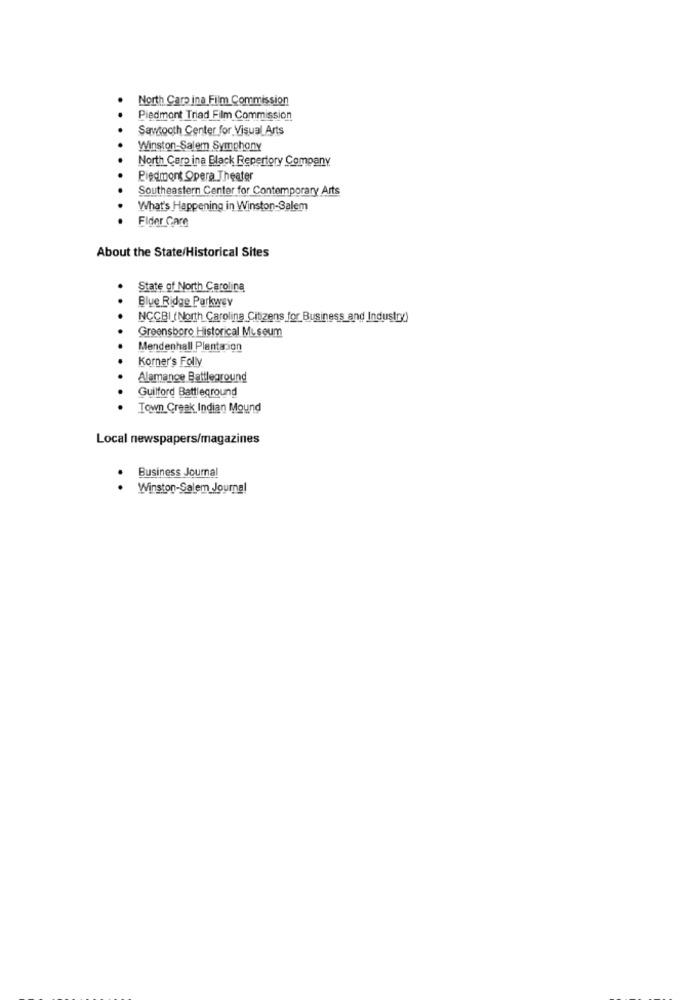
North Camp ina Film Commission
Piedmont Triad Film Commission
Sawtooth Center for Visual Arts
Winston-Salem Symphony
North Carp ina Black Repertory Company
Piedmont Opera Theater
Southeastern Center for Contemporary Arts
What's Happening in Winston-Salem
Fider Gare
About the State/Historical Sites
State of North Carolina
Blue Ridge Parkway
NCCBI (North Carolina Citizens for Business and Industry)
Greensboro Historical Museum
Mendenhall Plantacion
Korner's Folly
Alamance Battleground
Guilford Battleground
Town Creak Indian Mound
Local newspapers/magazines
Business Journal
Winston-Salem Journal